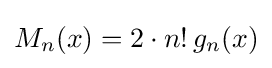
M_{n}(x)=2\cdot {n!}\,g_{n}(x)